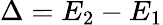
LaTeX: \Delta=E_{2}-E_{1}